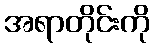
အရာတိုင်းကို